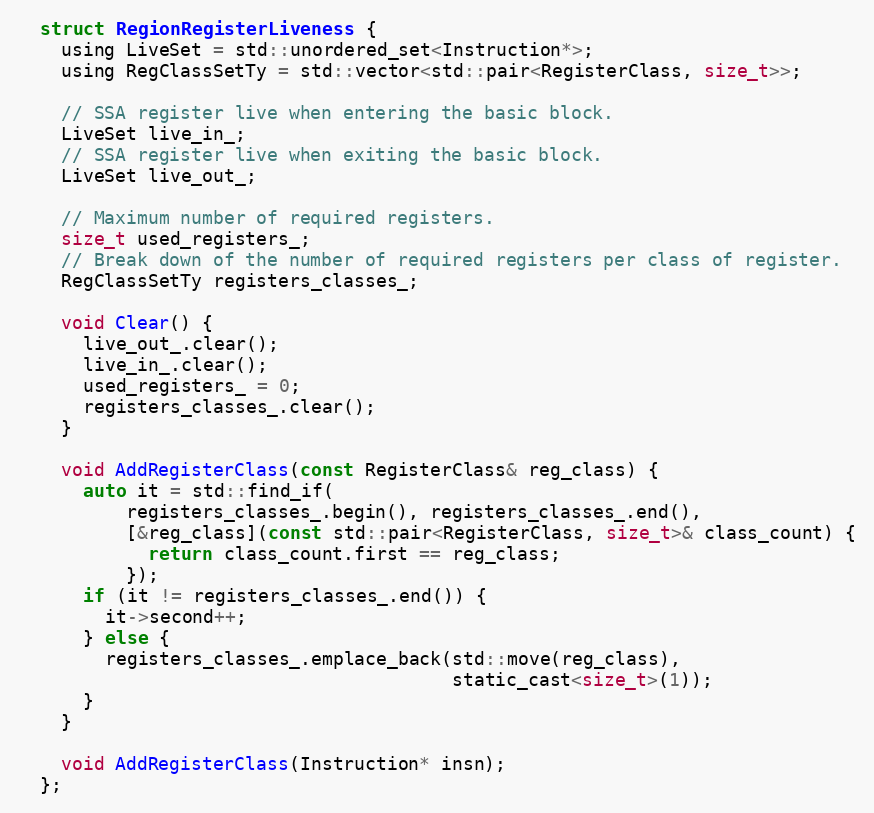
Language: C
  struct RegionRegisterLiveness {
    using LiveSet = std::unordered_set<Instruction*>;
    using RegClassSetTy = std::vector<std::pair<RegisterClass, size_t>>;

    // SSA register live when entering the basic block.
    LiveSet live_in_;
    // SSA register live when exiting the basic block.
    LiveSet live_out_;

    // Maximum number of required registers.
    size_t used_registers_;
    // Break down of the number of required registers per class of register.
    RegClassSetTy registers_classes_;

    void Clear() {
      live_out_.clear();
      live_in_.clear();
      used_registers_ = 0;
      registers_classes_.clear();
    }

    void AddRegisterClass(const RegisterClass& reg_class) {
      auto it = std::find_if(
          registers_classes_.begin(), registers_classes_.end(),
          [&reg_class](const std::pair<RegisterClass, size_t>& class_count) {
            return class_count.first == reg_class;
          });
      if (it != registers_classes_.end()) {
        it->second++;
      } else {
        registers_classes_.emplace_back(std::move(reg_class),
                                        static_cast<size_t>(1));
      }
    }

    void AddRegisterClass(Instruction* insn);
  };